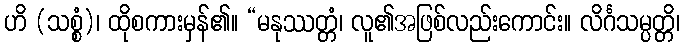
ဟိ (သစ္စံ)၊ ထိုစကားမှန်၏။ “မနုဿတ္တံ၊ လူ၏အဖြစ်လည်းကောင်း။ လိင်္ဂသမ္ပတ္တိ၊